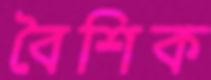
বৈশিক